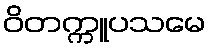
ဝိတက္ကူပသမေ